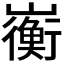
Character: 𫶣